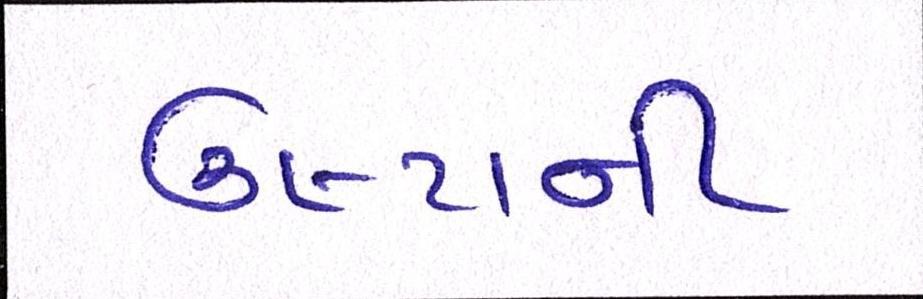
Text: ઉલ્ટાની